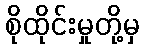
စိုထိုင်းမှုတို့မှ